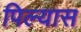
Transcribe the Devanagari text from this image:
पिल्यास